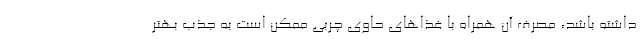
داشته باشد، مصرف آن همراه با غذاهای حاوی چربی ممکن است به جذب بهتر